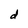
Character: d